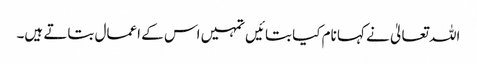
اللہ تعالیٰ نے کہا نام کیا بتائیں تمہیں اس کے اعمال بتاتے ہیں۔